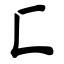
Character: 匚